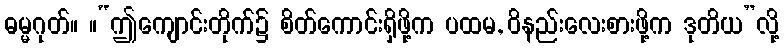
ဓမ္မဂုတ်။ ။“ဤကျောင်းတိုက်၌ စိတ်ကောင်းရှိဖို့က ပထမ, ဝိနည်းလေးစားဖို့က ဒုတိယ”လို့